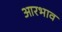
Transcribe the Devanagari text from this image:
आरभाव